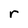
Character: r